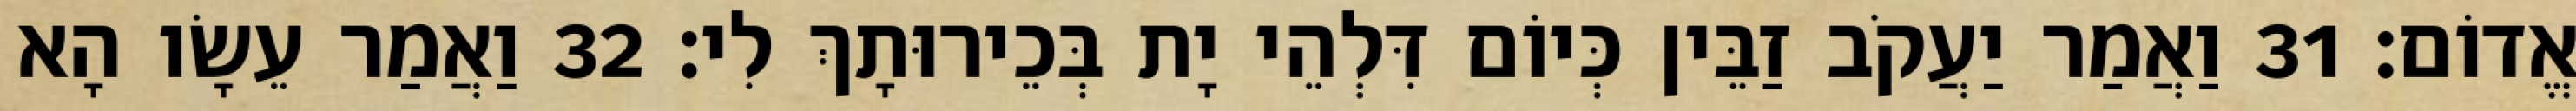
אֱדוֹם׃ 31 וַאֲמַר יַעֲקֹב זַבֵּין כְּיוֹם דִּלְהֵי יָת בְּכֵירוּתָךְ לִי׃ 32 וַאֲמַר עֵשָׂו הָא